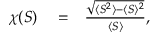
\begin{array} { r l r } { \chi ( S ) } & { { } = } & { \frac { \sqrt { \langle S ^ { 2 } \rangle - \langle S \rangle ^ { 2 } } } { \langle S \rangle } , } \end{array}